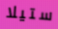
ستيلا